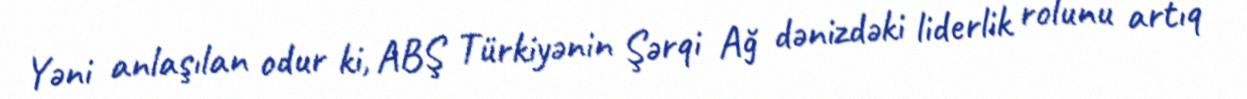
Yəni anlaşılan odur ki, ABŞ Türkiyənin Şərqi Ağ dənizdəki liderlik rolunu artıq